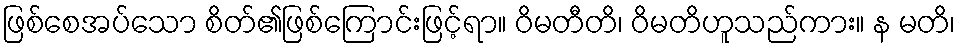
ဖြစ်စေအပ်သော စိတ်၏ဖြစ်ကြောင်းဖြင့်ရာ။ ဝိမတီတိ၊ ဝိမတိဟူသည်ကား။ န မတိ၊